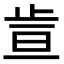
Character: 𪴶